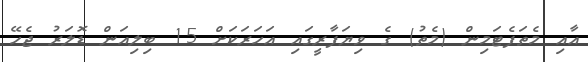
އާއި މެތަފެޓަމިން (މެތު) ގެ ވިޔަފާރީގައި އަހަރަކަށް 15 ބިލިއަން ޑޮލަރު ޖެހޭ